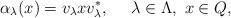
LaTeX: \begin{align*}\alpha_\lambda(x)=v_\lambda xv_\lambda^*,\ \ \ \ \lambda\in \Lambda,\ x\in Q,\end{align*}